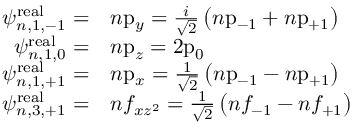
{ \begin{array} { r l } { \psi _ { n , 1 , - 1 } ^ { \mathrm { r e a l } } = } & { n { \mathrm { p } } _ { y } = { \frac { i } { \sqrt { 2 } } } \left( n { \mathrm { p } } _ { - 1 } + n { \mathrm { p } } _ { + 1 } \right) } \\ { \psi _ { n , 1 , 0 } ^ { \mathrm { r e a l } } = } & { n { \mathrm { p } } _ { z } = 2 { \mathrm { p } } _ { 0 } } \\ { \psi _ { n , 1 , + 1 } ^ { \mathrm { r e a l } } = } & { n { \mathrm { p } } _ { x } = { \frac { 1 } { \sqrt { 2 } } } \left( n { \mathrm { p } } _ { - 1 } - n { \mathrm { p } } _ { + 1 } \right) } \\ { \psi _ { n , 3 , + 1 } ^ { \mathrm { r e a l } } = } & { n f _ { x z ^ { 2 } } = { \frac { 1 } { \sqrt { 2 } } } \left( n f _ { - 1 } - n f _ { + 1 } \right) } \end{array} }